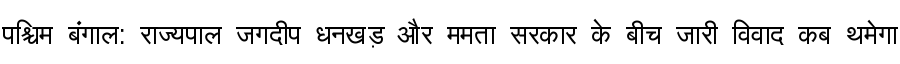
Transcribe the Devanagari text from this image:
पश्चिम बंगाल: राज्यपाल जगदीप धनखड़ और ममता सरकार के बीच जारी विवाद कब थमेगा